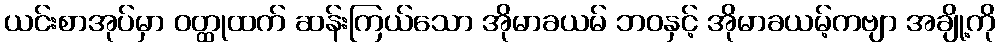
ယင်းစာအုပ်မှာ ဝတ္ထုထက် ဆန်းကြယ်သော အိုမာခယမ် ဘဝနှင့် အိုမာခယမ့်ကဗျာ အချို့ကို